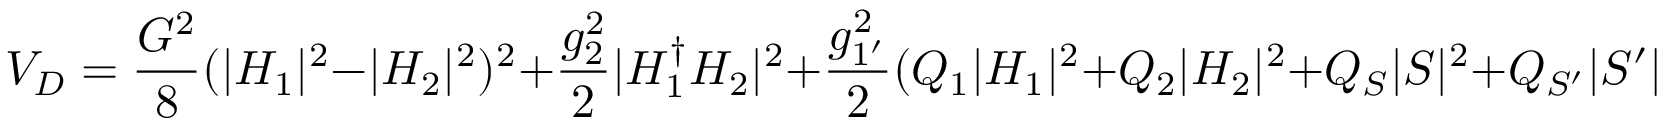
V _ { D } = \frac { G ^ { 2 } } { 8 } ( | H _ { 1 } | ^ { 2 } - | H _ { 2 } | ^ { 2 } ) ^ { 2 } + \frac { g _ { 2 } ^ { 2 } } { 2 } | H _ { 1 } ^ { \dagger } H _ { 2 } | ^ { 2 } + \frac { g _ { 1 ^ { \prime } } ^ { 2 } } { 2 } ( Q _ { 1 } | H _ { 1 } | ^ { 2 } + Q _ { 2 } | H _ { 2 } | ^ { 2 } + Q _ { S } | S | ^ { 2 } + Q _ { S ^ { \prime } } | S ^ { \prime } | ^ { 2 } ) ^ { 2 } ;